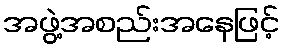
အဖွဲ့အစည်းအနေဖြင့်